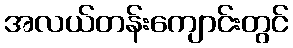
အလယ်တန်းကျောင်းတွင်